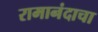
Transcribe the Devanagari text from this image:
रामानंदाचा